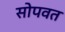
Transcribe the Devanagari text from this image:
सोपवत